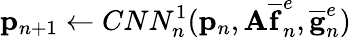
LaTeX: \mathbf{p}_{n+1}\leftarrow CNN_{n}^{1}(\mathbf{p}_{n},\mathbf{A}\mathbf{\overline{{f}}}_{n}^{e},\mathbf{\overline{{g}}}_{n}^{e})